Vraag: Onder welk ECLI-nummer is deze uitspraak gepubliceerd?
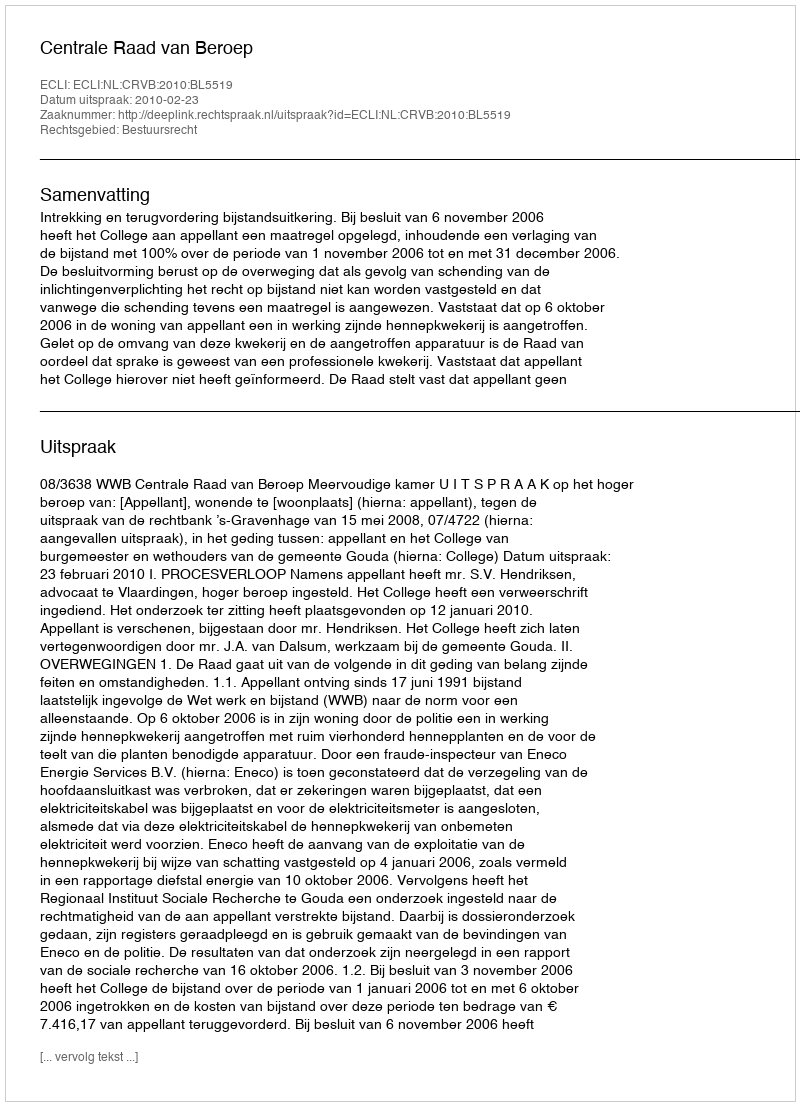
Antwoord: ECLI:NL:CRVB:2010:BL5519